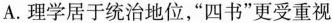
A.理学居于统治地位，”四书”更受重视